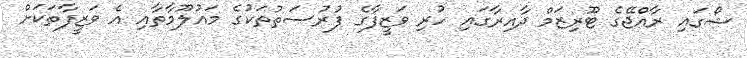
ޝޯގައި ރާއްޖޭގެ ޓޫރިޒަމް ދާއިރާގައި ހުރި ވަޒީފާގެ ފުރުސަތުތަކުގެ މައުލޫމާތާއި އެ ވަޒީފާތަކަށް